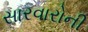
સારવારોની